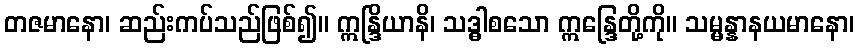
တဇမာနော၊ ဆည်းကပ်သည်ဖြစ်၍။ ဣန္ဒြိယာနိ၊ သဒ္ဓါစသော ဣန္ဒြေတို့ကို။ သမ္မန္နာနယမာနော၊